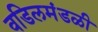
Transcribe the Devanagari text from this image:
वडिलमंडळी